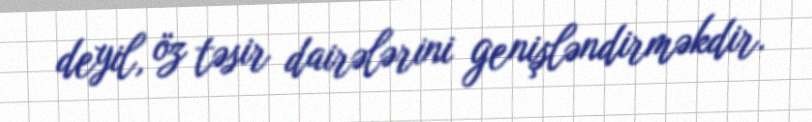
deyil, öz təsir dairələrini genişləndirməkdir.